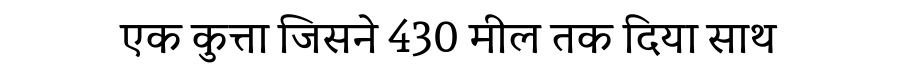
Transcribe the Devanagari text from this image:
एक कुत्ता जिसने 430 मील तक दिया साथ